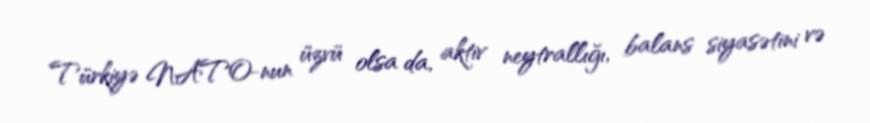
Türkiyə NATO-nun üzvü olsa da, aktiv neytrallığı, balans siyasətini və